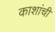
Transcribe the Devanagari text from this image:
काशांचीं